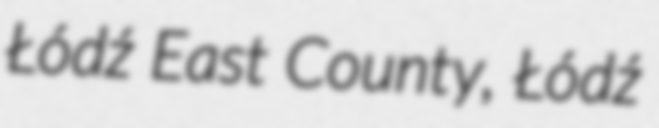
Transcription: Łódź East County, Łódź